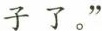
子了。”